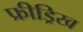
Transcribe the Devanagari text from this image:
फ्रीड्रिख